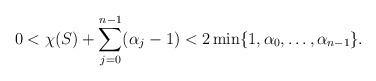
LaTeX: \begin{align*}0<\chi(S)+\sum_{j=0}^{n-1}(\alpha_j-1)<2\min\{1,\alpha_0,\ldots,\alpha_{n-1}\}.\end{align*}